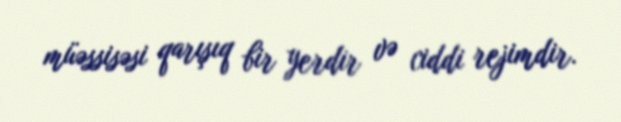
müəssisəsi qarışıq bir yerdir və ciddi rejimdir.